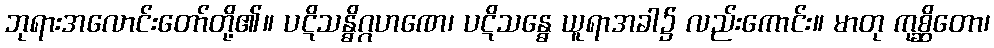
ဘုရားအလောင်းတော်တို့၏။ ပဋိသန္ဓိဂ္ဂဟဏေ၊ ပဋိသန္ဓေ ယူရာအခါ၌ လည်းကောင်း။ မာတု ကုစ္ဆိတော၊